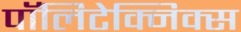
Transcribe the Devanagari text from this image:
पॉलिटेक्निक्स